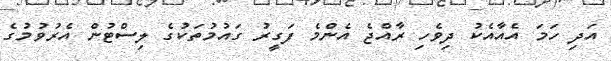
އަދި ހަމަ އެއާއެކު ދިވެހި ރާއްޖެ އެންމެ ފަގީރު ގައުމުތަކުގެ ލިސްޓުން އެރުވުމުގެ